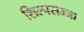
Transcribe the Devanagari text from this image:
शिल्पसज्जा